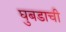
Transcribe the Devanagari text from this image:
घुबडाची